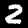
Digit: 2